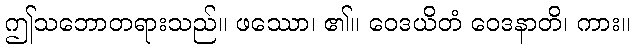
ဤသဘောတရားသည်။ ဖဿော၊ ၏။ ဝေဒယိတံ ဝေဒနာတိ၊ ကား။